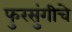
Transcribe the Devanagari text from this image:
फुरसुंगीचे